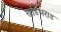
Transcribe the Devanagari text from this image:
खांडेभराड